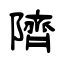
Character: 隮